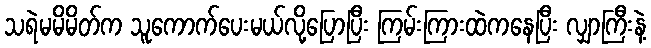
သရဲမမိမိတ်က သူကောက်ပေးမယ်လို့ပြောပြီး ကြမ်းကြားထဲကနေပြီး လျှာကြီးနဲ့